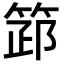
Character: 𥮺